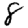
Digit: 8